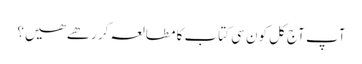
آپ آج کل کون سی کتاب کا مطالعہ کر رھے ھیں؟